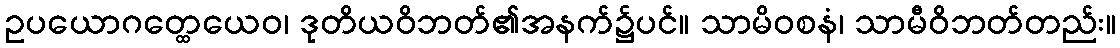
ဥပယောဂတ္ထေယေဝ၊ ဒုတိယဝိဘတ်၏အနက်၌ပင်။ သာမိဝစနံ၊ သာမီဝိဘတ်တည်း။